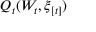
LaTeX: Q _ { t } ( W _ { t } , \xi _ { [ t ] } )